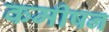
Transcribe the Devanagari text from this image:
कमीषन